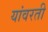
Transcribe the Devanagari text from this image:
यांवरती